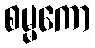
စမ္မကော